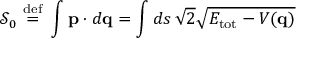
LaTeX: { \mathcal { S } } _ { 0 } \ { \stackrel { \mathrm { d e f } } { = } } \ \int \mathbf { p } \cdot d \mathbf { q } = \int d s \, { \sqrt { 2 } } { \sqrt { E _ { \mathrm { t o t } } - V ( \mathbf { q } ) } }